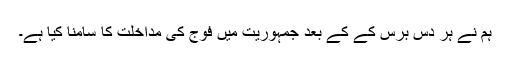
ہم نے ہر دس برس کے کے بعد جمہوریت میں فوج کی مداخلت کا سامنا کیا ہے۔